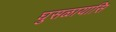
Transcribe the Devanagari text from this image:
घुसळायासि